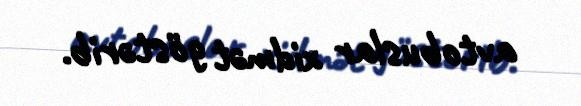
avtobuslar xidmət göstərib.